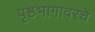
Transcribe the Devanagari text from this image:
पृष्ठभागावरचे